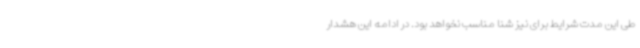
طی این مدت شرایط برای نیز شنا مناسب نخواهد بود. در ادامه این هشدار